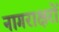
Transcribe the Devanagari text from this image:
नागराक्षरों